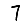
Digit: 7